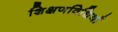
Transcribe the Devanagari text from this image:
शिक्षणविधियाँ